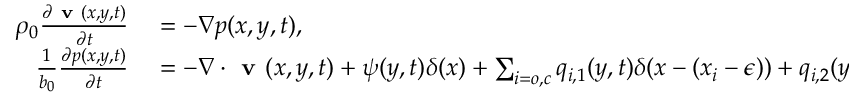
\begin{array} { r l } { \rho _ { 0 } \frac { \partial \textbf { v } ( x , y , t ) } { \partial t } } & { { } = - \nabla p ( x , y , t ) , } \\ { \frac { 1 } { b _ { 0 } } \frac { \partial p ( x , y , t ) } { \partial t } } & { { } = - \nabla \cdot \textbf { v } ( x , y , t ) + \psi ( y , t ) \delta ( x ) + \sum _ { i = o , c } { q _ { i , 1 } ( y , t ) \delta ( x - ( x _ { i } - \epsilon ) ) + q _ { i , 2 } ( y , t ) \delta ( x - x _ { i } ) } . } \end{array}